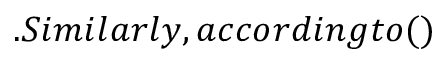
. S i m i l a r l y , a c c o r d i n g t o ( )